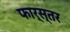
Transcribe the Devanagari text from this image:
फार्स्तर